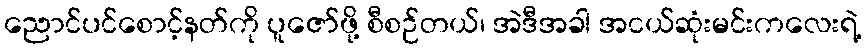
ညောင်ပင်စောင့်နတ်ကို ပူဇော်ဖို့ စီစဉ်တယ်၊ အဲဒီအခါ အငယ်ဆုံးမင်းကလေးရဲ့